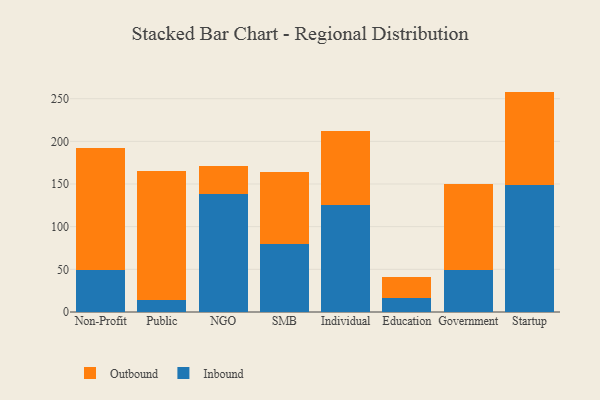
{"axis": {"x": "Segment", "y": "Inventory Turnover"}, "legend": ["Inbound", "Outbound"], "data": [{"x": "Non-Profit", "y": 49.5, "type": "Inbound"}, {"x": "Non-Profit", "y": 142.5, "type": "Outbound"}, {"x": "Public", "y": 13.9, "type": "Inbound"}, {"x": "Public", "y": 151.5, "type": "Outbound"}, {"x": "NGO", "y": 138.5, "type": "Inbound"}, {"x": "NGO", "y": 32.4, "type": "Outbound"}, {"x": "SMB", "y": 80.1, "type": "Inbound"}, {"x": "SMB", "y": 83.9, "type": "Outbound"}, {"x": "Individual", "y": 125.3, "type": "Inbound"}, {"x": "Individual", "y": 86.9, "type": "Outbound"}, {"x": "Education", "y": 16.7, "type": "Inbound"}, {"x": "Education", "y": 24.4, "type": "Outbound"}, {"x": "Government", "y": 49.6, "type": "Inbound"}, {"x": "Government", "y": 100.3, "type": "Outbound"}, {"x": "Startup", "y": 148.9, "type": "Inbound"}, {"x": "Startup", "y": 109.4, "type": "Outbound"}]}